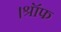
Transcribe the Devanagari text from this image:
।श्रॉफ